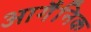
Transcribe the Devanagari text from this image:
आर्गैनिक